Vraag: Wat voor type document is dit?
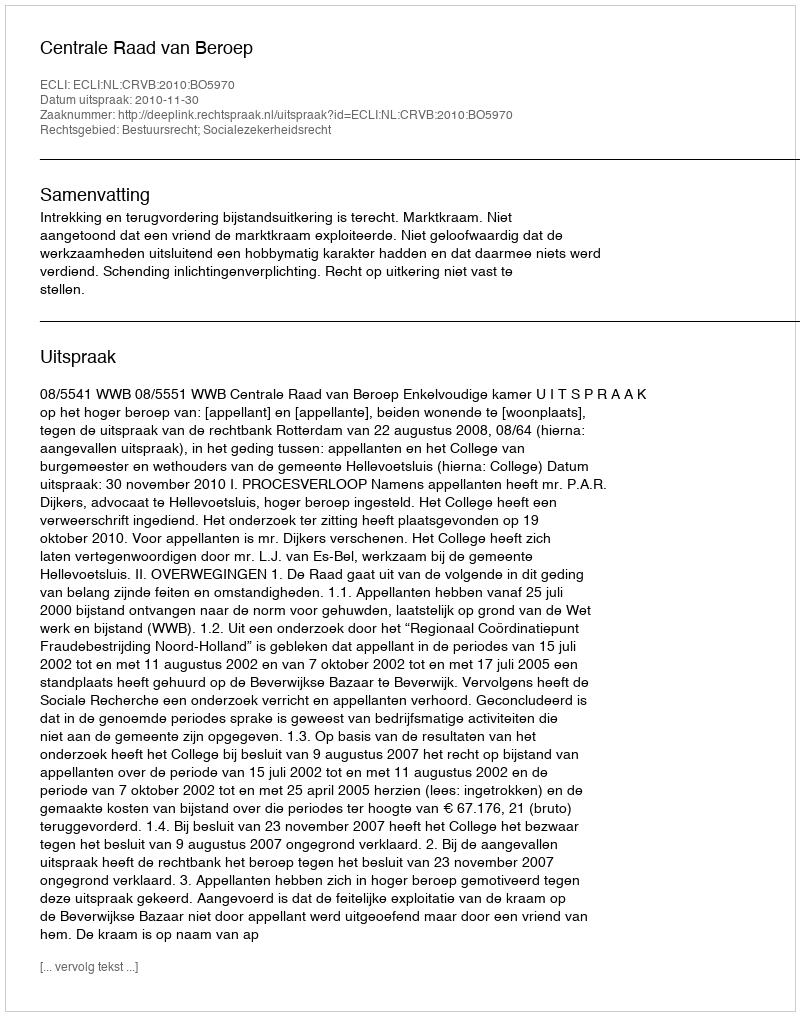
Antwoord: Uitspraak